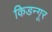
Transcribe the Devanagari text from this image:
किडन्गूर